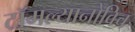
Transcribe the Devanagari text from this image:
टॉमल्यानोविच